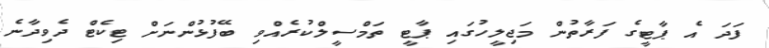
ފަދަ އެ ޕާޓީގެ ފަރާތުން މަޖިލީހުގައި ޕާޓީ ތަމްސީލްކުރެއްވި ބޭފުޅުންނަށް ޓިކެޓް ދެވިދާނެ